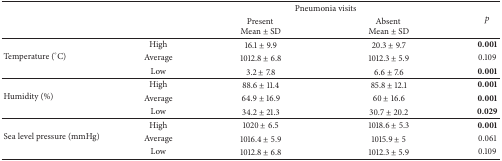
<table><thead><tr><td rowspan="2"><b> </b></td><td rowspan="2"><b> </b></td><td colspan="2"><b> Pneumonia visits</b></td><td rowspan="2"><b><i>p</i></b></td></tr><tr><td><b>Present Mean ± SD</b></td><td><b>Absent Mean ± SD</b></td></tr></thead><tbody><tr><td rowspan="3">Temperature (°C)</td><td>High</td><td>16.1 ± 9.9</td><td>20.3 ± 9.7</td><td><b>0.001</b></td></tr><tr><td>Average</td><td>1012.8 ± 6.8</td><td>1012.3 ± 5.9</td><td>0.109</td></tr><tr><td>Low</td><td>3.2 ± 7.8</td><td>6.6 ± 7.6</td><td><b>0.001</b></td></tr><tr><td rowspan="3">Humidity (%)</td><td>High</td><td>88.6 ± 11.4</td><td>85.8 ± 12.1</td><td><b>0.001</b></td></tr><tr><td>Average</td><td>64.9 ± 16.9</td><td>60 ± 16.6</td><td><b>0.001</b></td></tr><tr><td>Low</td><td>34.2 ± 21.3</td><td>30.7 ± 20.2</td><td><b>0.029</b></td></tr><tr><td rowspan="3">Sea level pressure (mmHg)</td><td>High</td><td>1020 ± 6.5</td><td>1018.6 ± 5.3</td><td><b>0.001</b></td></tr><tr><td>Average</td><td>1016.4 ± 5.9</td><td>1015.9 ± 5</td><td>0.061</td></tr><tr><td>Low</td><td>1012.8 ± 6.8</td><td>1012.3 ± 5.9</td><td>0.109</td></tr></tbody></table>